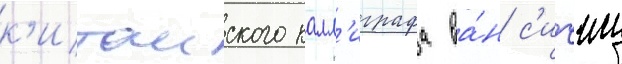
к'итаиского калл'играфа ва́н с'ичжи